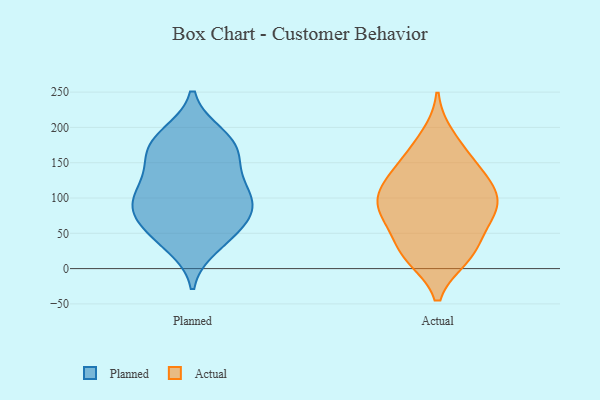
{"axis": {"x": "Satisfaction Score", "y": "Value"}, "legend": ["Actual", "Planned"], "data": [{"x": "", "y": 95, "type": "Planned"}, {"x": "", "y": 100, "type": "Planned"}, {"x": "", "y": 66, "type": "Planned"}, {"x": "", "y": 92, "type": "Planned"}, {"x": "", "y": 50, "type": "Planned"}, {"x": "", "y": 189, "type": "Planned"}, {"x": "", "y": 101, "type": "Planned"}, {"x": "", "y": 41, "type": "Planned"}, {"x": "", "y": 78, "type": "Planned"}, {"x": "", "y": 129, "type": "Planned"}, {"x": "", "y": 75, "type": "Planned"}, {"x": "", "y": 165, "type": "Planned"}, {"x": "", "y": 32, "type": "Planned"}, {"x": "", "y": 149, "type": "Planned"}, {"x": "", "y": 122, "type": "Planned"}, {"x": "", "y": 171, "type": "Planned"}, {"x": "", "y": 190, "type": "Planned"}, {"x": "", "y": 171, "type": "Planned"}, {"x": "", "y": 117, "type": "Actual"}, {"x": "", "y": 187, "type": "Actual"}, {"x": "", "y": 133, "type": "Actual"}, {"x": "", "y": 77, "type": "Actual"}, {"x": "", "y": 62, "type": "Actual"}, {"x": "", "y": 79, "type": "Actual"}, {"x": "", "y": 26, "type": "Actual"}, {"x": "", "y": 102, "type": "Actual"}, {"x": "", "y": 124, "type": "Actual"}, {"x": "", "y": 105, "type": "Actual"}, {"x": "", "y": 165, "type": "Actual"}, {"x": "", "y": 20, "type": "Actual"}, {"x": "", "y": 149, "type": "Actual"}, {"x": "", "y": 77, "type": "Actual"}, {"x": "", "y": 17, "type": "Actual"}, {"x": "", "y": 88, "type": "Actual"}, {"x": "", "y": 23, "type": "Actual"}]}